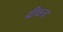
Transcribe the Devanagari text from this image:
ग्रीकच